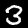
Label: 3